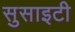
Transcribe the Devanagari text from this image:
सुसाइटी